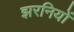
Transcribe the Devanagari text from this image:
झरनियों